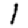
Digit: 1